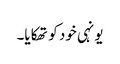
یونہی خود کو تھکایا۔